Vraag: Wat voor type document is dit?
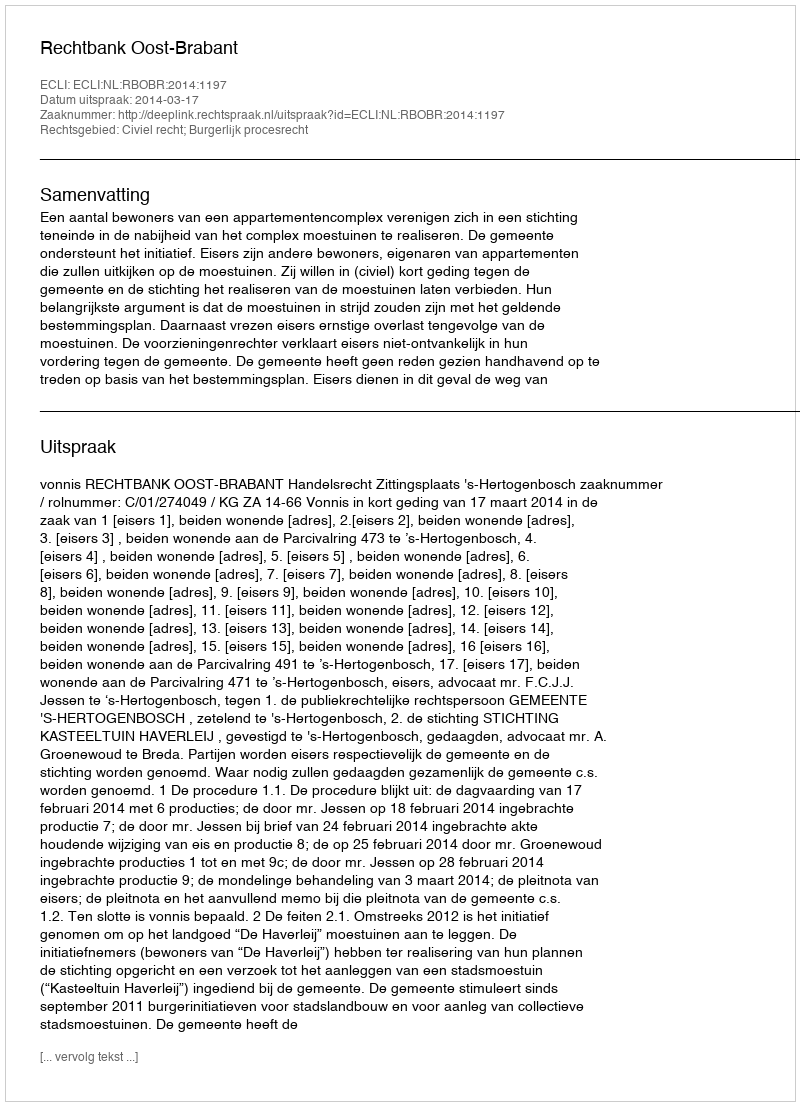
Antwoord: Uitspraak